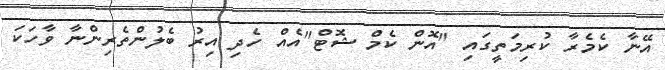
އޭނާ ކެމެރާ ކުރިމަތީގައި "އޮން ކެމް ޝޮޓް"އެއް ހެދި އިރު ބެލުންތެރިންނާ ވާހަކަ